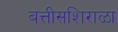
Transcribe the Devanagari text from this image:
बत्तीसशिराळा